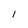
Character: I